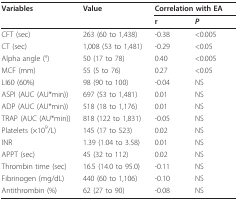
| Variables | Value | <COLSPAN=2> Correlation with EA |
 |  |  | r | P |
 | --- | --- | --- | --- |
 | CFT (sec) | 263 (60 to 1,438) | -0.38 | <0.005 |
 | CT (sec) | 1,008 (53 to 1,481) | -0.29 | <0.05 |
 | Alpha angle (°) | 50 (17 to 78) | 0.40 | <0.005 |
 | MCF (mm) | 55 (5 to 76) | 0.27 | <0.05 |
 | LI60 (60%) | 98 (90 to 100) | -0.04 | NS |
 | ASPI (AUC (AU*min)) | 697 (53 to 1,481) | 0.01 | NS |
 | ADP (AUC (AU*min)) | 518 (18 to 1,176) | 0.01 | NS |
 | TRAP (AUC (AU*min)) | 818 (122 to 1,831) | -0.05 | NS |
 | Platelets (×109/L) | 145 (17 to 523) | 0.02 | NS |
 | INR | 1.39 (1.04 to 3.58) | 0.01 | NS |
 | APPT (sec) | 45 (32 to 112) | 0.02 | NS |
 | Thrombin time (sec) | 16.5 (14.0 to 95.0) | -0.11 | NS |
 | Fibrinogen (mg/dL) | 440 (60 to 1,106) | -0.10 | NS |
 | Antithrombin (%) | 62 (27 to 90) | -0.08 | NS |